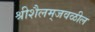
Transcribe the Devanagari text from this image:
श्रीशैलम्‌जवळील